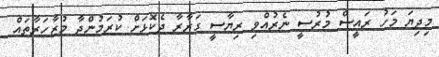
މިދިޔަ މަހު ރައީސް މުރުސީ ނެރުއްވި ރިޔާސީ ގަރާރާ ދެކޮޅަށް ކުރަމުންދާ މުޒާހަރާތައް